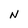
Character: N